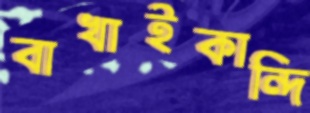
বাখাইকান্দি